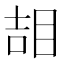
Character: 𥆅